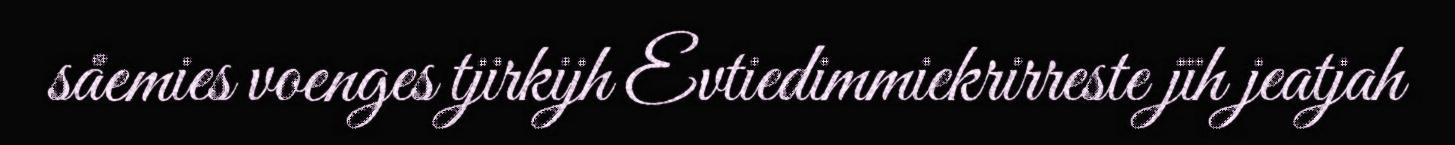
såemies voenges tjirkijh Evtiedimmiekrirreste jïh jeatjah